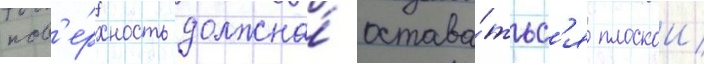
пов'е́рхность должна́ остава́тьс'я плоскои